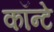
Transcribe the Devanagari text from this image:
कॉन्टे